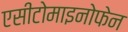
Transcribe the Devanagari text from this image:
एसीटोमाइनोफेन